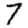
Digit: 7